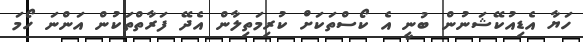
ހަޔާ އެޑިއުކޭޝަނުން ބުނީ އެ ކޯސްތަކަށް ކުރިމަތިލާން އެދޭ ފަރާތްތަކުން އަންނަ ހޯމަ